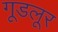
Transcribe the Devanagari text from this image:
गूडलूर